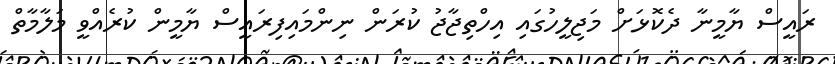
ރައީސް ޔާމީނާ ދެކޮޅަށް މަޖިލީހުގައި އިހްތިޖާޖު ކުރަން ނިންމައިފިރައީސް ޔާމީން ކުރެއްވީ މަލާމާތް